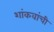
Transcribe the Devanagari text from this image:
शांकवांची